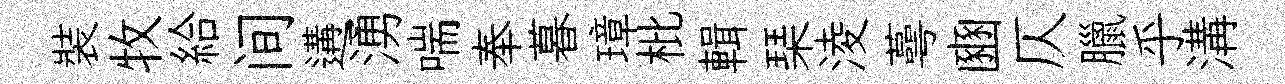
裝牧給间遘湧喘奉暮璋枇輯琹淩蕚豳仄臘乎溝